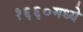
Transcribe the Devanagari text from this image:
१६६०मध्ये